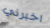
اخبرني